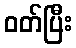
ဝတ်ပြီး